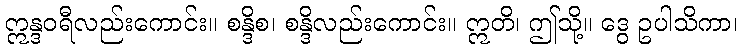
ဣန္ဒဝရီလည်းကောင်း။ စန္ဒိစ၊ စန္ဒိလည်းကောင်း။ ဣတိ၊ ဤသို့။ ဒွေ ဥပါသိကာ၊